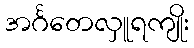
အင်္ဂတေလှူရကျိုး